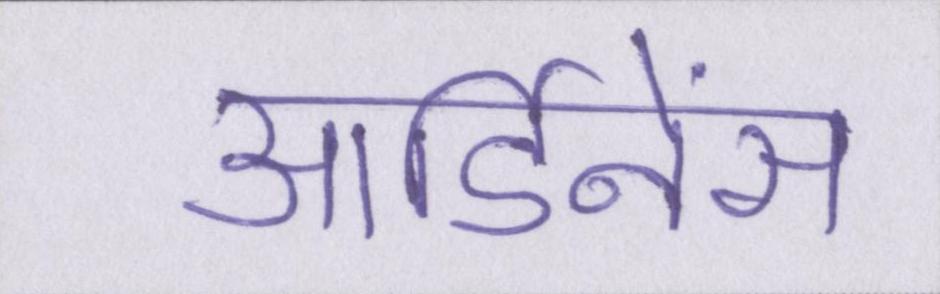
आर्डिनेंस